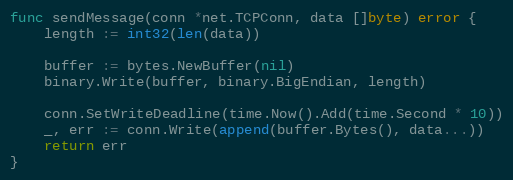
Language: Go
func sendMessage(conn *net.TCPConn, data []byte) error {
	length := int32(len(data))

	buffer := bytes.NewBuffer(nil)
	binary.Write(buffer, binary.BigEndian, length)

	conn.SetWriteDeadline(time.Now().Add(time.Second * 10))
	_, err := conn.Write(append(buffer.Bytes(), data...))
	return err
}